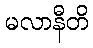
မလာနီတိ